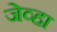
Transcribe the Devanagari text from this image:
जेव्‍हा